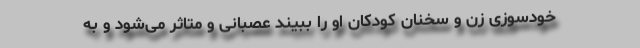
خودسوزی زن و سخنان کودکان او را ببیند عصبانی و متاثر می‌شود و به